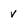
Character: v